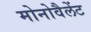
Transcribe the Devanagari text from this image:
मोनोवैलेंट